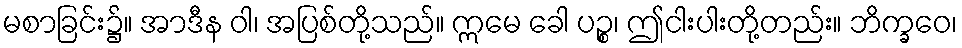
မစာခြင်း၌။ အာဒီန ဝါ၊ အပြစ်တို့သည်။ ဣမေ ခေါ ပဉ္စ၊ ဤငါးပါးတို့တည်း။ ဘိက္ခဝေ၊